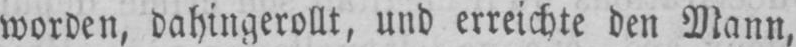
worden, dahingerollt, und erreichte den Mann,